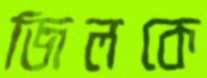
জিলকে